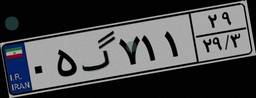
۰۵گ۷۱۱۲۹